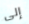
إلى